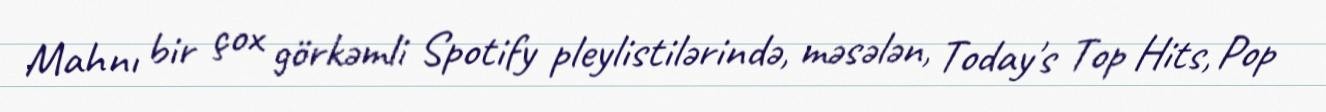
Mahnı bir çox görkəmli Spotify pleylistilərində, məsələn, Today's Top Hits, Pop